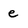
Character: e